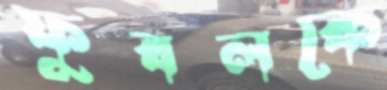
ফুবলকে